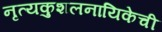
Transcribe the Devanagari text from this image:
नृत्यकुशलनायिकेची